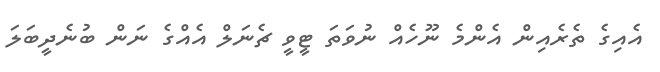
އެއިގެ ތެރެއިން އެންމެ ނޫހެއް ނުވަތަ ޓީވީ ޗެނަލް އެއްގެ ނަން ބުނެދީބަލަ